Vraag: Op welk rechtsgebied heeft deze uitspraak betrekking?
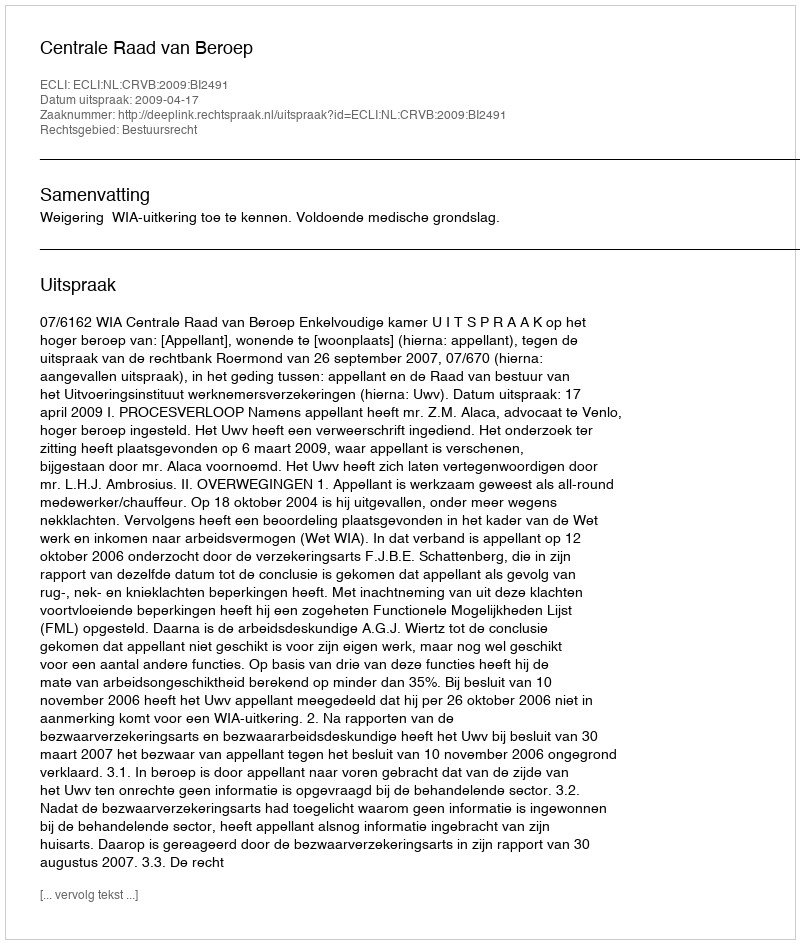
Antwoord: Bestuursrecht